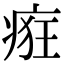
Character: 㾠